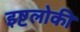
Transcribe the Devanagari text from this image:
इष्टलोकी